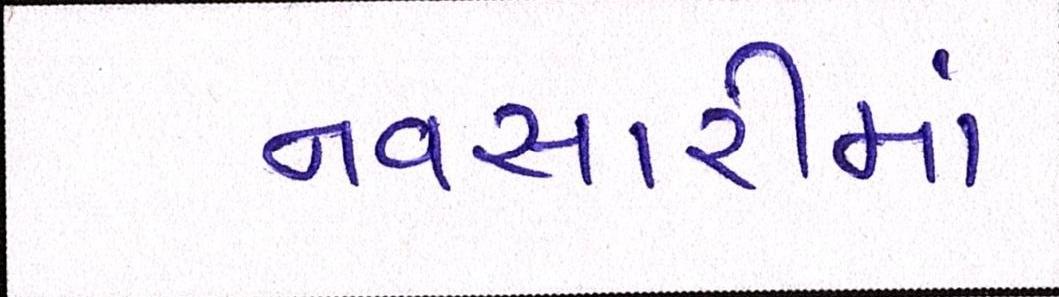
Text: નવસારીમાં